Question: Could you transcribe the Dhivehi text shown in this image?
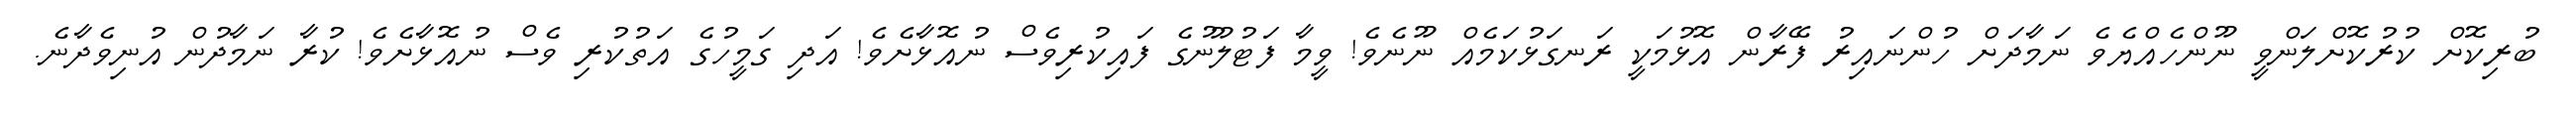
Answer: ބުރިކޮށް ކުރުކޮށްލަންވީ ނޫންހެއްޔެވެ ނަމާދަށް ހުންނައިރު ފޭރާން އޮޅުމަކީ ރަނގަޅުކަމެއް ނޫނެވެ! ވީމާ ފަޓުލޫނުގެ ފައިކުރިވެސް ނުއޮޅާށެވެ! އަދި ގަމީހުގެ އަތުކުރި ވެސް ނުއޮޅާށެވެ! ކުރާ ނަމާދުން އުނިވެދާނެ.